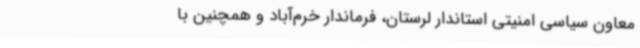
معاون سیاسی امنیتی استاندار لرستان، فرماندار خرم‌آباد و همچنین با